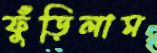
ফুঁড়িলাম